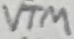
Text: VTM